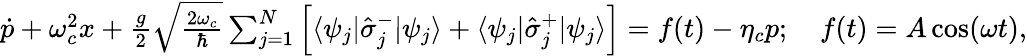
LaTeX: \begin{array}{r}{\dot{p}+\omega_{c}^{2}x+\frac{g}{2}\sqrt{\frac{2\omega_{c}}{\hbar}}\sum_{j=1}^{N}\left[\langle\psi_{j}|\hat{\sigma}_{j}^{-}|\psi_{j}\rangle+\langle\psi_{j}|\hat{\sigma}_{j}^{+}|\psi_{j}\rangle\right]=f(t)-\eta_{c}p;\quad f(t)=A\cos(\omega t),}\end{array}